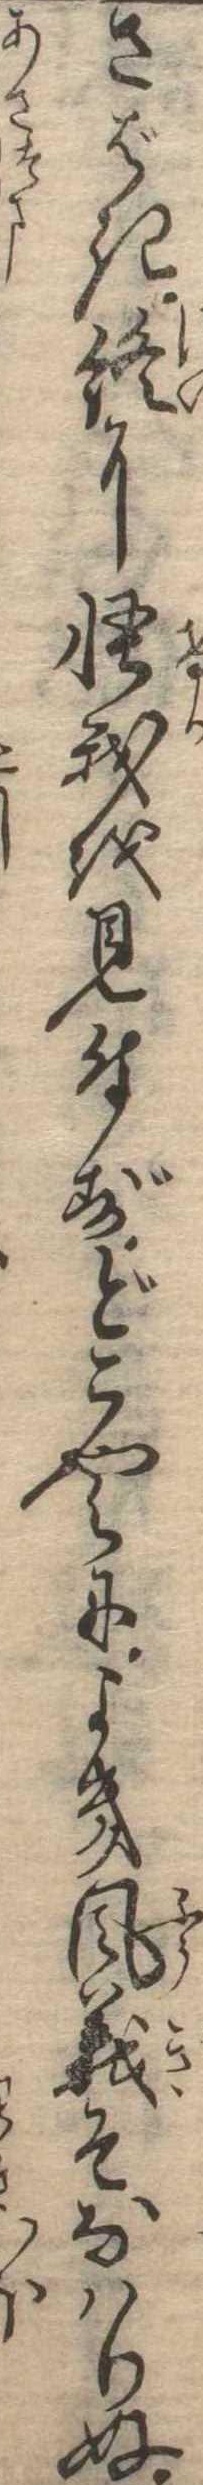
さばき終に怪我を見付ずどこやらによき風義そなはりぬ